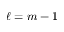
\ell = m - 1